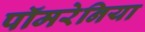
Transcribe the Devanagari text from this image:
पॉमरेनिया